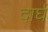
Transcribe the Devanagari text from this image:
दार्घ